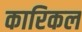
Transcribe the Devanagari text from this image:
कारिकल